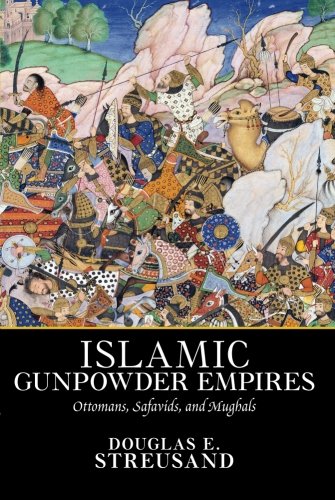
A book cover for Islamic Gunpowder Empires: Ottomans, Safavids, and Mughals (Essays in World History); Douglas E. Streusand; History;